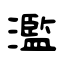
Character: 濫